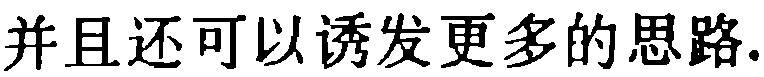
并且还可以诱发更多的思路.